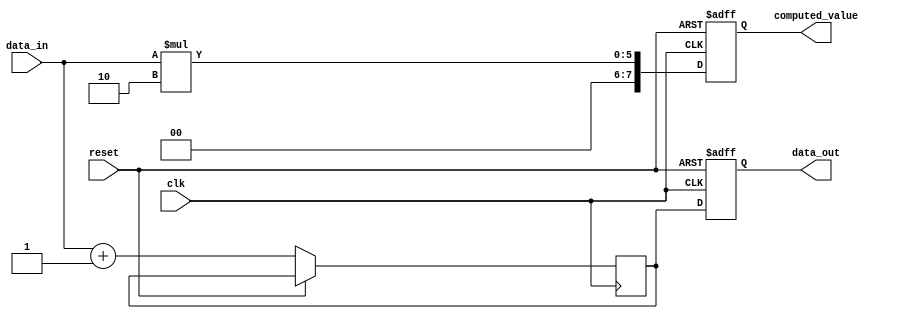
module behavioral_modeling_example (
    input wire clk,            // Clock signal
    input wire reset,          // Reset signal
    input wire [3:0] data_in,  // 4-bit input data
    output reg [3:0] data_out, // 4-bit output data
    output reg [7:0] computed_value // 8-bit computed value
);

// Internal registers
reg [3:0] intermediate_reg;
reg [7:0] multiplier;

// Task to perform some computation
task compute_value;
    input [3:0] in_data;
    begin
        // Example computation: multiply input by a constant (e.g., 2)
        multiplier = 8'd2;
        computed_value <= in_data * multiplier; // Non-blocking assignment
    end
endtask

// Continuous assignment block using non-blocking assignment
always @(posedge clk or posedge reset) begin
    if (reset) begin
        data_out <= 4'b0000; // Reset output
        computed_value <= 8'b00000000; // Reset computed value
    end else begin
        // Call the task to compute the value
        compute_value(data_in); // Invoke the task with input data
        // Intermediate signal update
        intermediate_reg <= data_in + 4'd1; // Non-blocking assignment
        // Assign intermediate result to output
        data_out <= intermediate_reg; // Non-blocking assignment
    end
end

endmodule